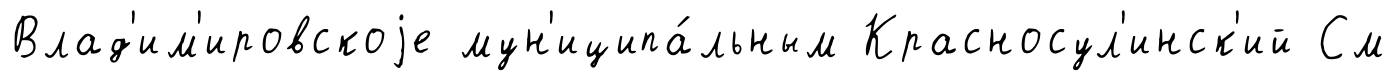
Влад'им'ировскоjе мун'иципа́льным Красносул'инск'ий См